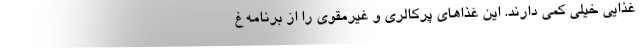
غذایی خیلی کمی دارند. این غذاهای پرکالری و غیرمقوی را از برنامه غ